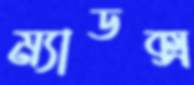
ম্যাডক্স